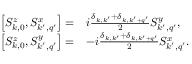
\begin{array} { r l } { \left[ S _ { k , 0 } ^ { z } , S _ { k ^ { \prime } , q ^ { \prime } } ^ { x } \right] = } & { i \frac { \delta _ { k , k ^ { \prime } } + \delta _ { k , k ^ { \prime } + q ^ { \prime } } } { 2 } S _ { k ^ { \prime } , q ^ { \prime } } ^ { y } , } \\ { \left[ S _ { k , 0 } ^ { z } , S _ { k ^ { \prime } , q ^ { \prime } } ^ { y } \right] = } & { - i \frac { \delta _ { k , k ^ { \prime } } + \delta _ { k , k ^ { \prime } + q ^ { \prime } } } { 2 } S _ { k ^ { \prime } , q ^ { \prime } } ^ { x } . } \end{array}